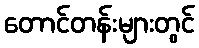
တောင်တန်းများတွင်